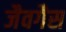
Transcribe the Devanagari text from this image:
जैवगैस